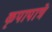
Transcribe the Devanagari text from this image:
कृपापात्रे